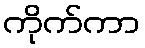
ကိုက်ကာ